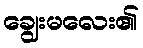
ချွေးမလေး၏